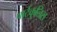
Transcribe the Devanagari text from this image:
पार्टकुलिस